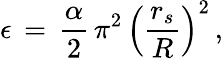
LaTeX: \epsilon\, =\, \frac{\alpha}{2}\, \pi^{2}\, \left(\frac{r_{s}}{R}\right)^{2}\, {,}